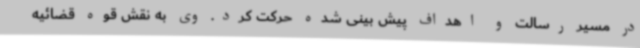
در مسیر رسالت و اهداف پیش بینی شده حرکت کرد. وی به نقش قوه قضائیه